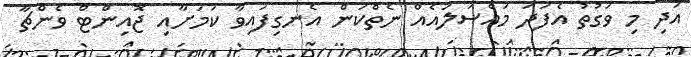
އަދި މި ވަގުތު އެފަދަ މައްސަލައެއް ނެތްކަން އެނގިފައިވާ ކަމަށާއި ޖޮއިންޓް ވެންޗާ